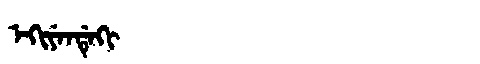
Manchu: ᡝᡴᡳᠶᡝᠨᡩᡝᡴᡳ
Romanization: EKIYENDEKI